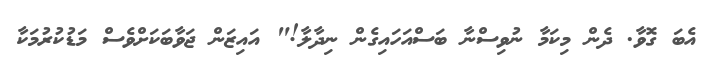
އެބަ ގޮވާ. ދެން މިކަމާ ނުވިސްނާ ބަސްއަހައިގެން ނިދާލާ!" އައިޒަން ޖަވާބަކަށްވެސް މަޑުކުރުމަކާ